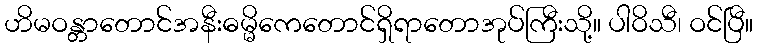
ဟိမဝန္တာတောင်အနီးဓမ္မိကေတောင်ရှိရာတောအုပ်ကြီးသို့။ ပါဝိသီ၊ ဝင်ပြီ။